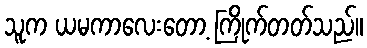
သူက ယမကာလေးတော့ ကြိုက်တတ်သည်။